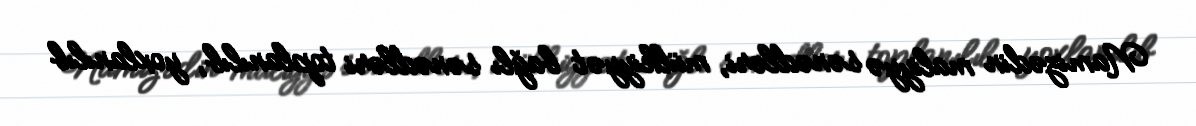
Namizədin maliyyə sənədləri, mülkiyyət bağlı sənədləri toplanılıb, yoxlanılıb